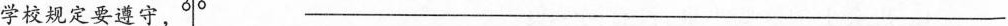
学校规定要遵守，___